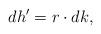
LaTeX: \begin{align*}d h'=r\cdot d k,\end{align*}